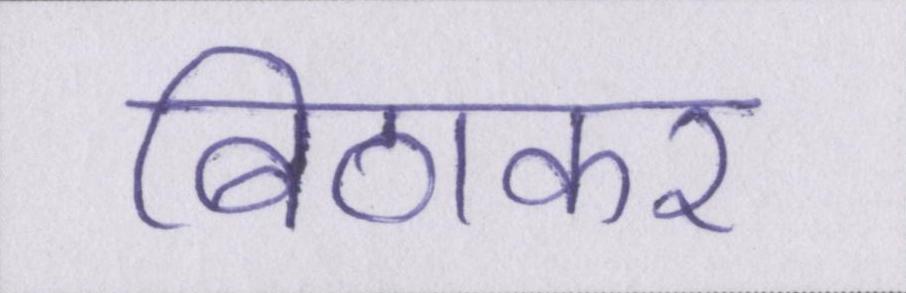
बिठाकर